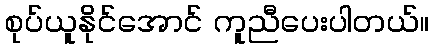
စုပ်ယူနိုင်အောင် ကူညီပေးပါတယ်။